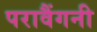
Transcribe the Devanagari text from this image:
परावैंगनी